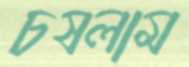
চষলাম